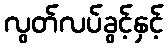
လွတ်လပ်ခွင့်နှင့်